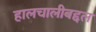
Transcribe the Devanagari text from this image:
हालचालीबद्दल